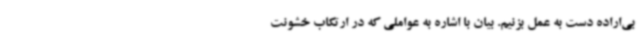
بی‌اراده دست به عمل بزنیم. بیان با اشاره به عواملی که در ارتکاب خشونت